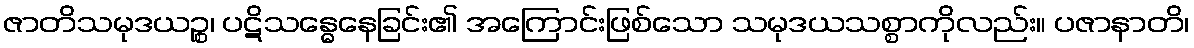
ဇာတိသမုဒယဉ္စ၊ ပဋိသန္ဓေနေခြင်း၏ အကြောင်းဖြစ်သော သမုဒယသစ္စာကိုလည်း။ ပဇာနာတိ၊